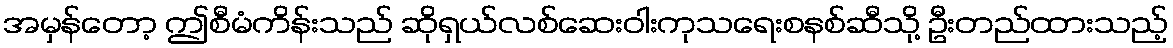
အမှန်တော့ ဤစီမံကိန်းသည် ဆိုရှယ်လစ်ဆေးဝါးကုသရေးစနစ်ဆီသို့ ဦးတည်ထားသည့်